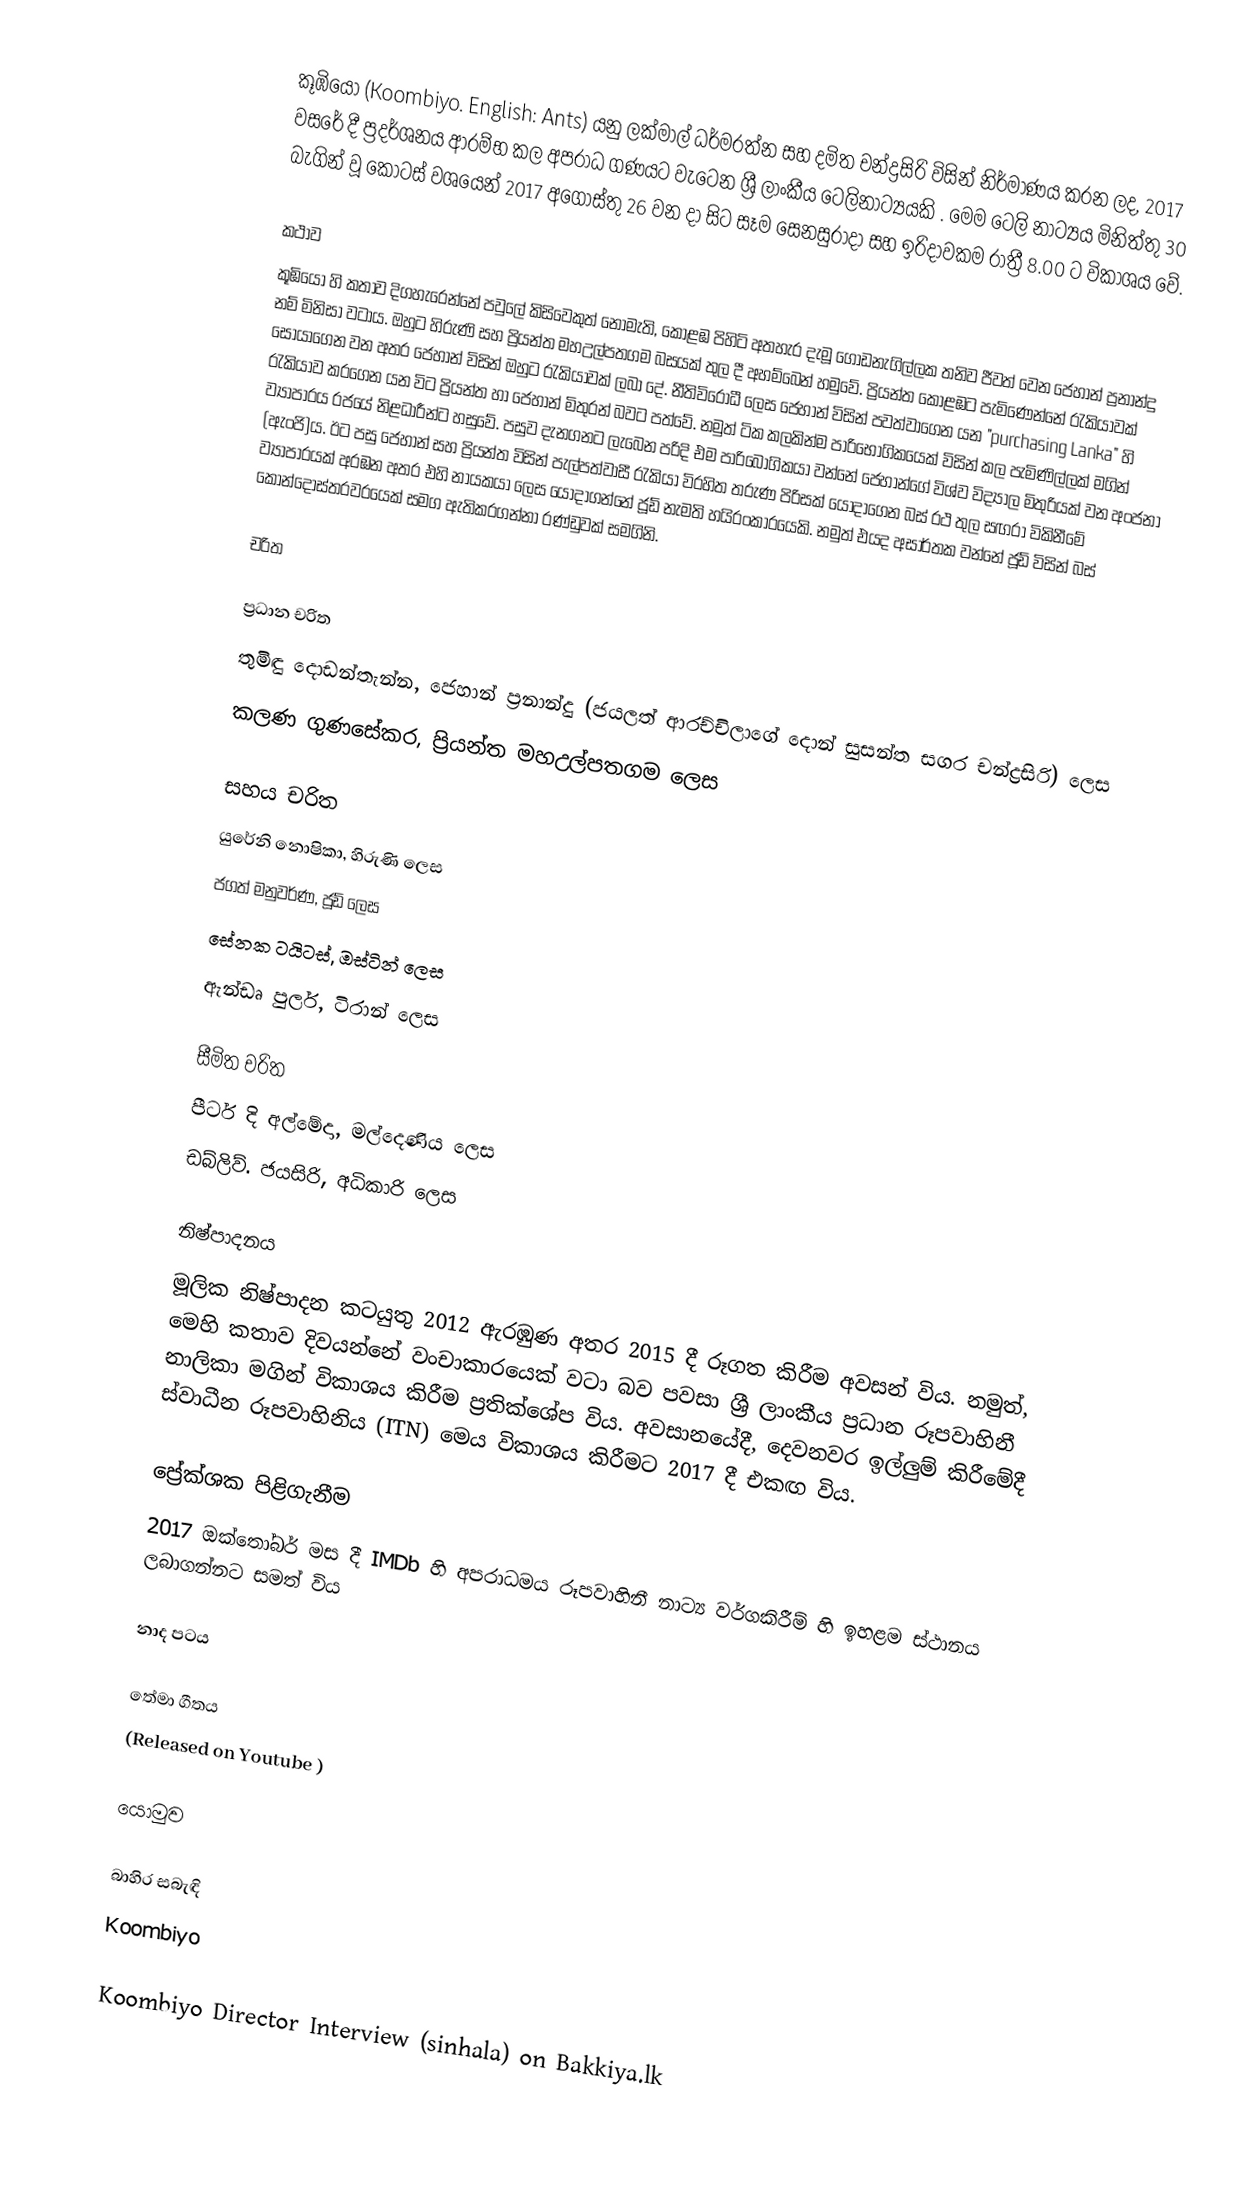
කූඹියෝ (Koombiyo. English: Ants) යනු ලක්මාල් ධර්මරත්න සහ දමිත චන්ද්‍රසිරි විසින් නිර්මාණය කරන ලද, 2017 වසරේ දී ප්‍රදර්ශනය ආරම්භ කල අප‍රාධ ගණයට වැටෙන ශ්‍රී ලාංකීය ටෙලිනාට්‍යයකි . මෙම ටෙලි නාට්‍යය මිනිත්තු 30 බැගින් වූ කෝටස් වශයෙන් 2017 අගෝස්තු 26 වන දා සිට සෑම සෙනසුරාදා සහ ඉරිදාවකම රාත්‍රී 8.00 ට විකාශය වේ.

කථාව
කූඹියෝ හි කතාව දිගහැරෙන්නේ පවුලේ කිසිවෙකුත් නොමැති, කොළඹ පිහිටි අතහැර දැමූ ගොඩනැගිල්ලක තනිව ජීවත් වෙන ජෙහාන් ප්‍රනාන්දු නම් මිනිසා වටාය. ඔහුට හිරුණි සහ ප්‍රියන්ත මහඋල්පතගම බසයක් තුල දී අහම්බෙන් හමුවේ. ප්‍රියන්ත කොළඹට පැමිණෙන්නේ රැකියාවක් සොයාගෙන වන අතර ජෙහාන් විසින් ඔහුට රැකියාවක් ලබා දේ. නීතිවිරෝධී ලෙස ජෙහාන් විසින් පවත්වාගෙන යන "purchasing Lanka" හි රැකියාව කරගෙන යන විට ප්‍රියන්ත හා ජෙහාන් මිතුරන් බවට පත්වේ. නමුත් ටික කලකින්ම පාරිභෝගිකයෙක් විසින් කල පැමිණිල්ලක් මගින් ව්‍යාපාරය රජයේ නිළධාරීන්ට හසුවේ. පසුව දැනගනට ලැබෙන පරිදි එම පාරිබෝගිකයා වන්නේ ජෙහාන්ගේ විශ්ව විද්‍යාල මිතුරියක් වන අංජනා (ඇංජි)ය. ඊට පසු ජෙහාන් සහ ප්‍රියන්ත විසින් පැල්පත්වාසී රැකියා විරහිත තරුණ පි‍රිසක් යොදාගෙන බස් රථ තුල සඟරා විකිනීමේ ව්‍යාපාරයක් අරඹන අතර එහි නායකයා ලෙස යොදාගන්නේ ජූඩ් නැමති හයිරංකාරයෙකි. නමුත් එයද අසාර්තක වන්නේ ජූඩ් විසින් බස් කොන්දොස්තරවරයෙක් සමග ඇතිකරගන්නා රණ්ඩුවක් සමගිනි.

චරිත

ප්‍රධාන චරිත
 තුමිඳු දොඩන්තැන්න, ජෙහාන් ප්‍රනාන්දු (ජයලත් ආරච්චිලාගේ දොන් සුසන්ත සගර චන්ද්‍රසිරි) ලෙස
 කලණ ගුණසේකර, ප්‍රියන්ත මහඋල්පතගම ලෙස

සහය චරිත
 යුරේනි නොෂිකා, හිරුණි ලෙස
 ජගත් මනුවර්ණ, ජූඩ් ලෙස
 සේනක ටයිටස්, ඔස්ටින් ලෙස
 ඇන්ඩෘ පුලර්, ටිරාන් ලෙස

සීමිත චරිත
 පීටර් දි අල්මේදා, මල්දෙණිය ලෙස
 ඩබ්ලිව්. ජයසිරි, අධිකාරි ලෙස

නිෂ්පාදනය
මූලික නිෂ්පාදන කටයුතු 2012 ඇරඹුණ අතර 2015 දී රූගත කිරීම අවසන් විය. නමුත්, මෙහි කතාව දිවයන්නේ වංචාකාරයෙක් වටා බව පවසා ශ්‍රී ලාංකීය ප්‍රධාන රූපවාහිනී නාලිකා මගින් විකාශය කිරීම ප්‍රතික්ශේප විය. අවසානයේදී, දෙවනවර ඉල්ලුම් කිරීමේදී ස්වාධීන රූපවාහිනිය (ITN) මෙය විකාශය කිරීමට 2017 දී එකඟ විය.

ප්‍රේක්ශක පිළිගැනීම
2017 ඔක්තෝබර් මස දී IMDb හි අපරාධමය රූපවාහිනී නාට්‍ය වර්ගකිරීම් හි ඉහළම ස්ථානය ලබාගන්නට සමත් විය

නාද පටය

තේමා ගීතය
(Released on Youtube )

යොමුව

බාහිර සබැඳි
 Koombiyo

 Koombiyo Director Interview (sinhala) on Bakkiya.lk